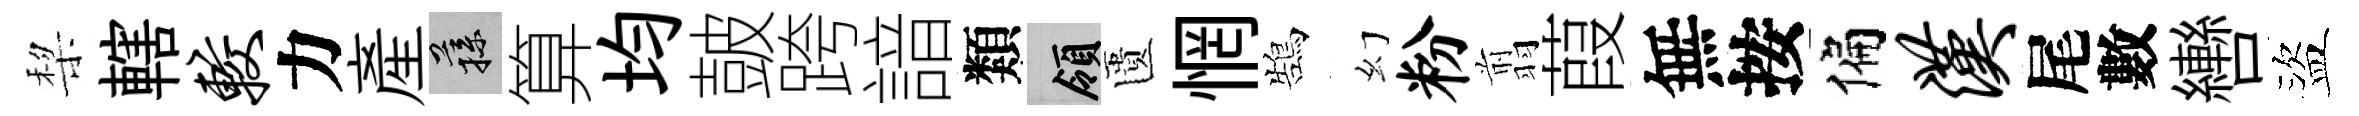
棃轄较力産蓀算均皷跨諳類領匱惘鵠幻粉翦葭無按偏汉尾數轡盜